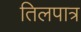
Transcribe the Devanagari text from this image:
तिलपात्र